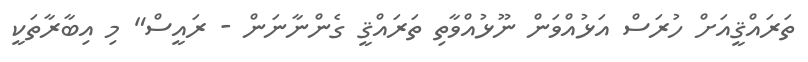
ތަރައްޤީއަށް ހުރަސް އަޅުއްވަން ނޫޅުއްވާތި ތަރައްޤީ ގެންނާނަން - ރައީސް" މި އިބާރާތަކީ